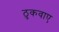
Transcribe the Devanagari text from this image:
ठुकवाए